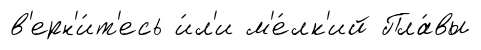
в'ерн'и́т'есь и́л'и м'е́лк'ий Пла́вы